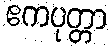
ဧကပုတ္တာ